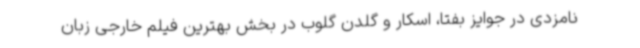
نامزدی در جوایز بفتا، اسکار و گلدن گلوب در بخش بهترین فیلم خارجی زبان